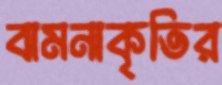
বামনাকৃতির